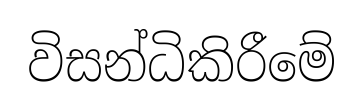
විසන්ධිකිරීමේ